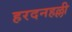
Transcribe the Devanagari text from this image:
हरदनहल्ली